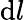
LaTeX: \mathrm{d}l